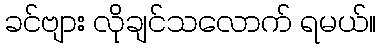
ခင်ဗျား လိုချင်သလောက် ရမယ်။